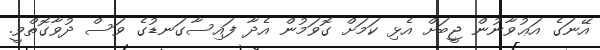
އޭނަގެ އަޢުވާނުން ޖީބަށް އެޅި ކަމަށް ގޮވަމުން އެދާ ފައިސާގަނޑުގެ ވަސް ދުވާގޮތްވީ.